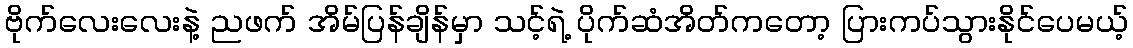
ဗိုက်လေးလေးနဲ့ ညဖက် အိမ်ပြန်ချိန်မှာ သင့်ရဲ့ ပိုက်ဆံအိတ်ကတော့ ပြားကပ်သွားနိုင်ပေမယ့်